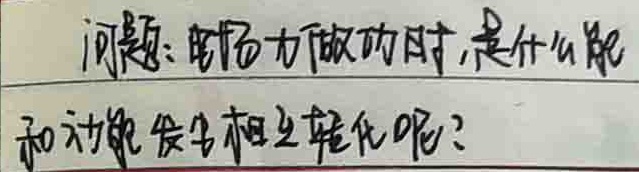
问题：电场力做功时，是什么能
和动能发生相互转化呢？